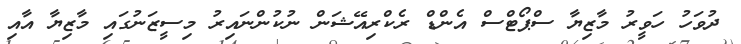
ދުވަހު ހަވީރު މާޒިޔާ ސްޕޯޓްސް އެންޑް ރެކްރިއޭޝަން ނުކުންނައިރު މިސީޒަނުގައި މާޒިޔާ އާއި